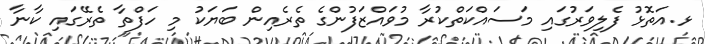
ޅ.އަތޮޅު ފެލިވަރުގައި މަސައްކަތްކުރާ މުވައްޒަފުންގެ ތެރެއިން ބަޔަކު މި ހަފްތާ ތެރޭގައި ކާނާ